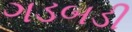
ગડબડી